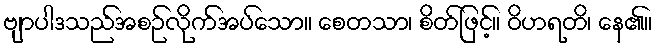
ဗျာပါဒသည်အစဉ်လိုက်အပ်သော။ စေတသာ၊ စိတ်ဖြင့်။ ဝိဟရတိ၊ နေ၏။